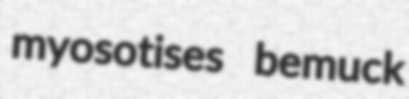
myosotises bemuck